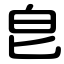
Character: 皀